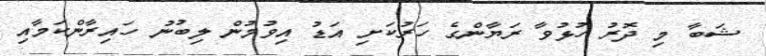
ޝަބާ މި ދޮރު ހުޅުވާ ރަޔާންގެ ހަރުކަށި އަޑު އިވުމުން ލިބުނު ހައިރާންކަމާއި